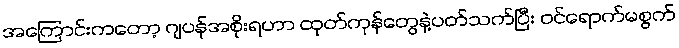
အကြောင်းကတော့ ဂျပန်အစိုးရဟာ ထုတ်ကုန်တွေနဲ့ပတ်သက်ပြီး ဝင်ရောက်မစွက်